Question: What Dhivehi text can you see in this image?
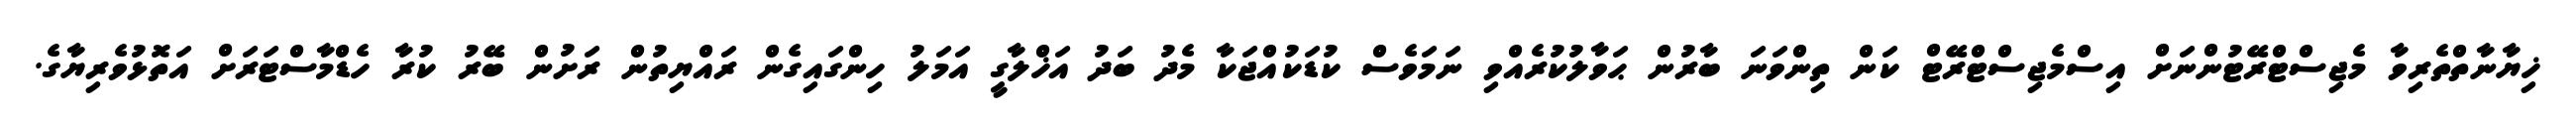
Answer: ޚިޔާނާތްތެރިވާ މެޖިސްޓްރޭޓުންނަށް އިސްމެޖިސްޓްރޭޓް ކަން ތިންވަނަ ބާރުން ޙަވާލުކުރެއްވި ނަމަވެސް ކުޑަކުއްޖަކާ މެދު ބަދު އަޚްލާގީ އަމަލު ހިންގައިގެން ރައްޔިތުން ރަށުން ބޭރު ކުރާ ހެޑްމާސްޓަރަށް އަތޮޅުވެރިޔާގެ.